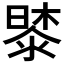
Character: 𭧔